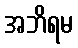
အဘိရမ